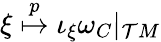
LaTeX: \xi\stackrel{p}{\mapsto}\iota_{\xi}\omega_{C}|_{{\cal T}M}